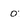
Character: 0